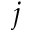
j